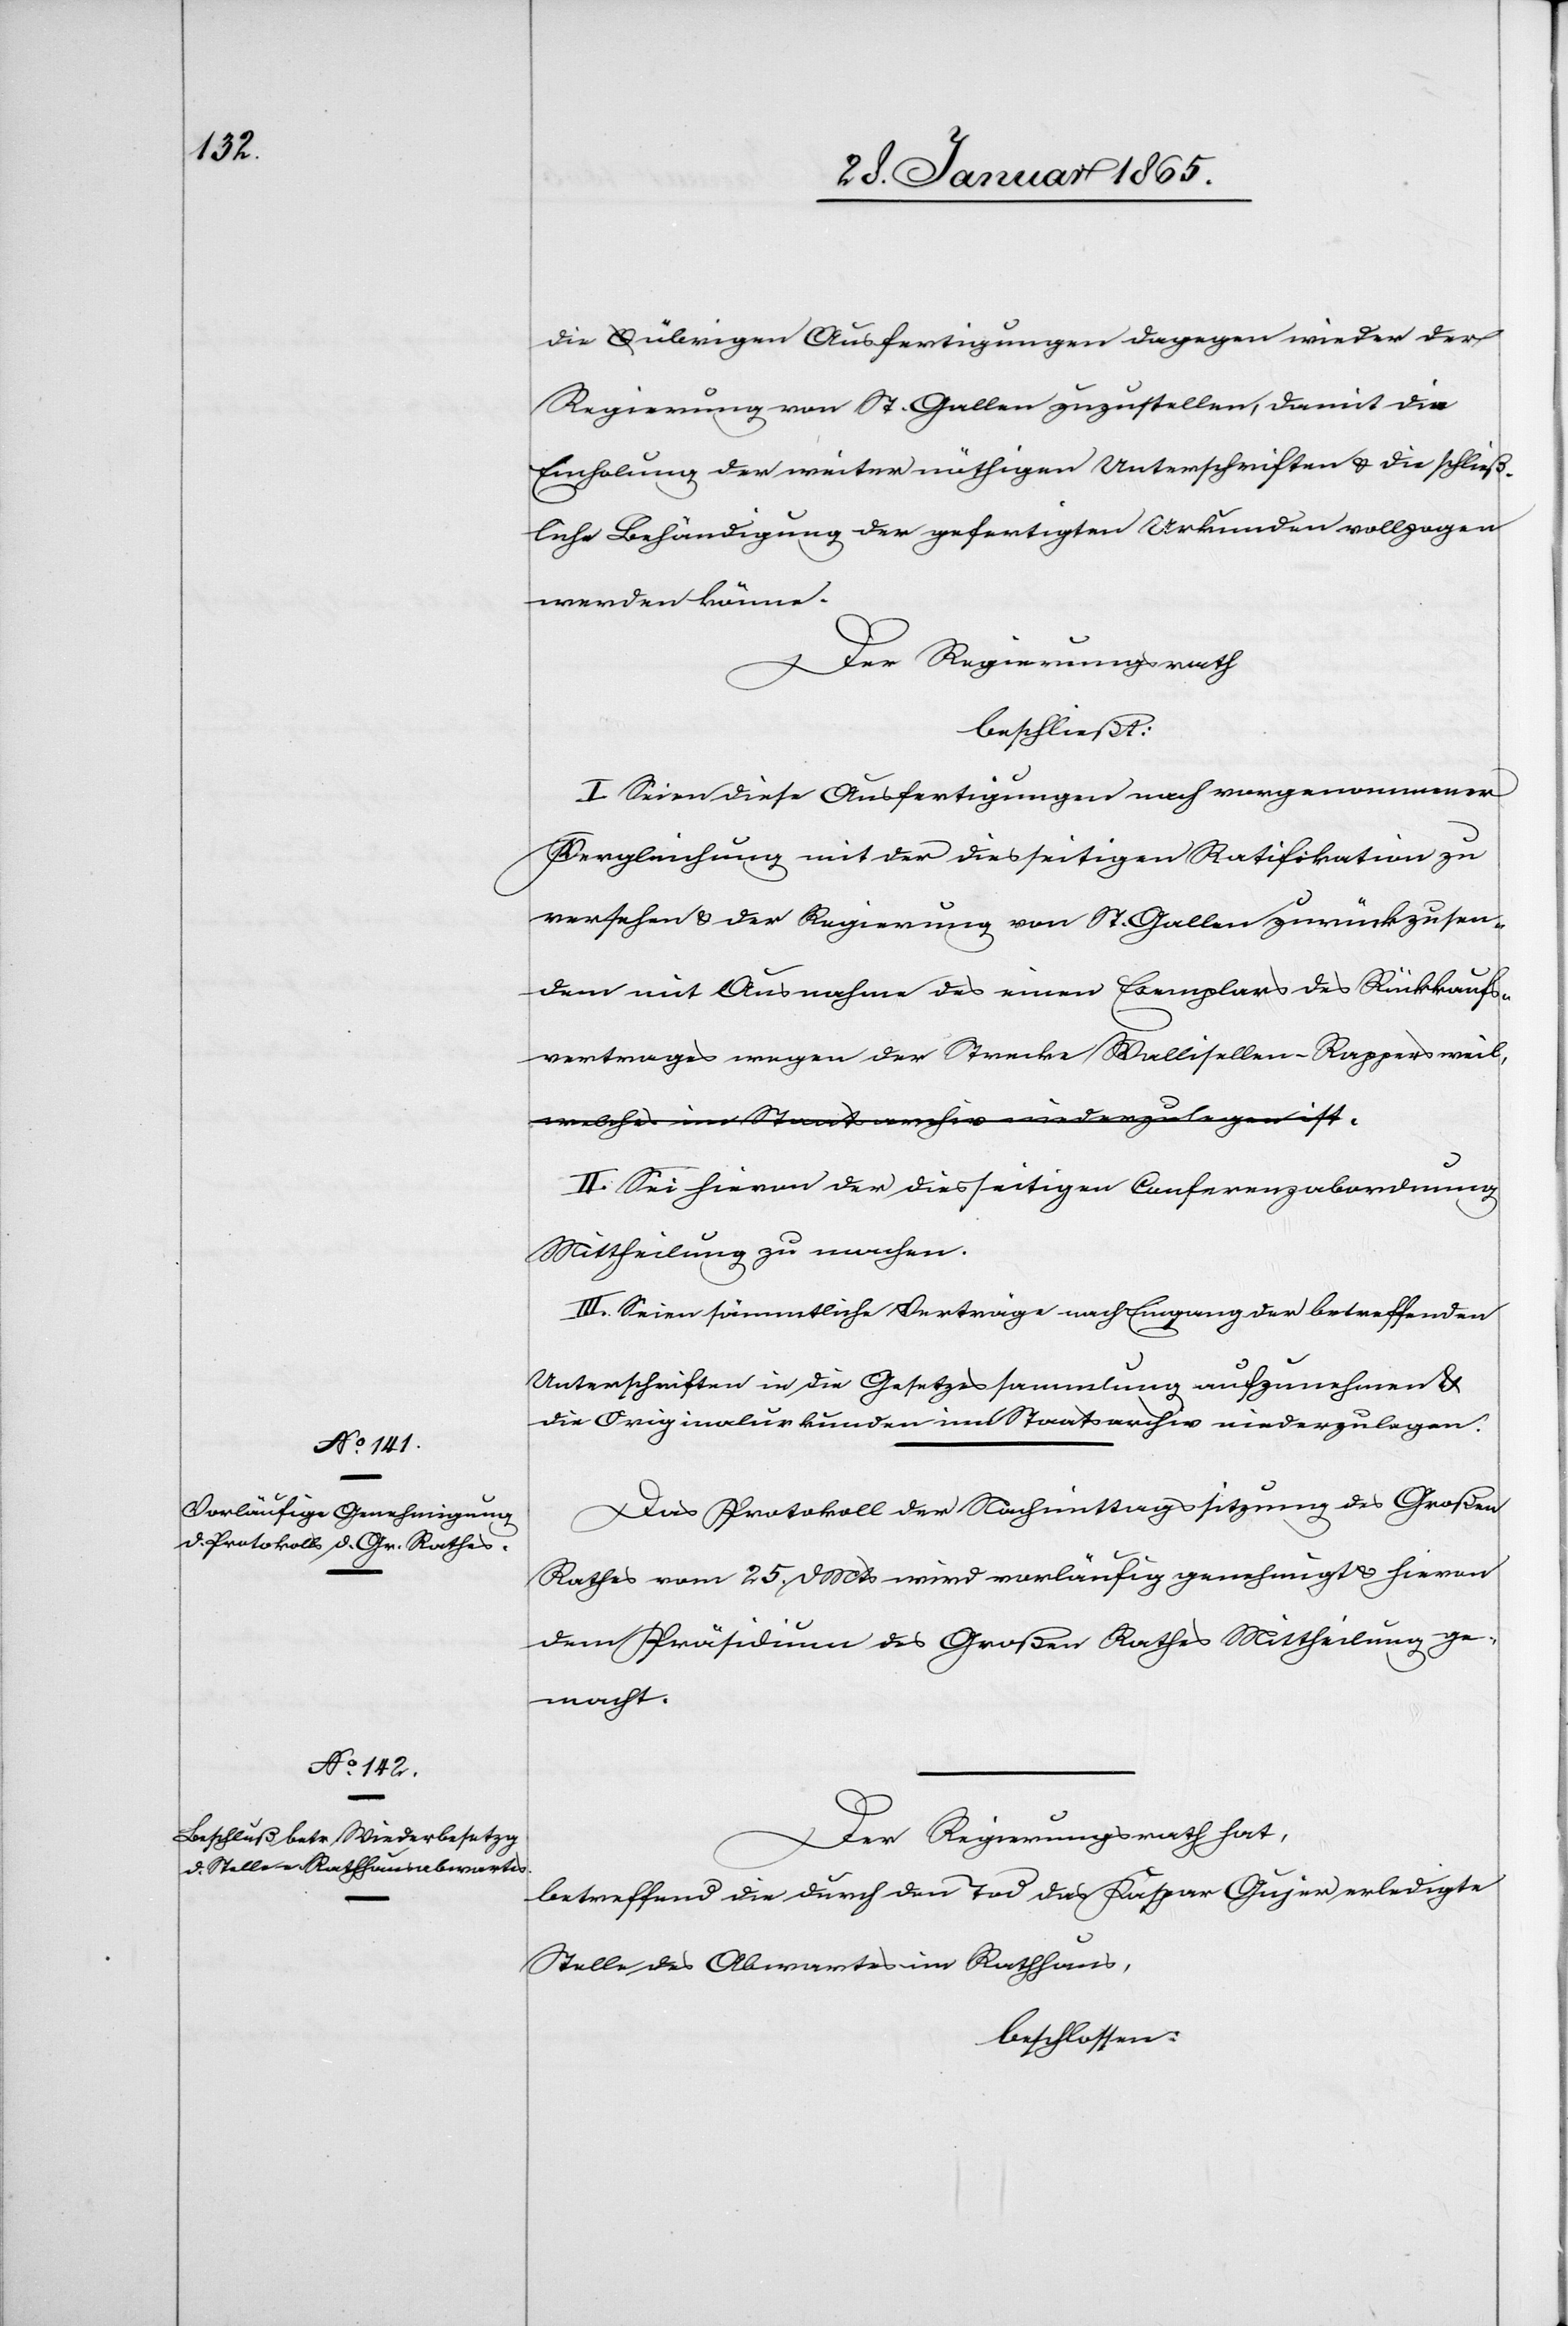
die übrigen Ausfertigungen dagegen wieder der
Regierung von St. Gallen zuzustellen, damit die
Einholung der weiter nöthigen Unterschriften u. die schließ¬
liche BEhändigung der gefertigten Urkunden vollzogen
werden könne.
Der Regierungsrath
beschließt:
I. Seien diese Ausfertigungen nach vorgenommener
Vergleichung mit der diesseitigen Ratifikation zu
versehen u. der Regierung von St. Gallen zurückzusendem
[sic!] mit Ausnahme des einen Exemplars des Rückkaufs¬
vertrages wegen der Strecke Wallisellen-Rappersweil.
II. Sei hievon der diesseitigen Conferenzabordnung
Mittheilung zu machen.
III. Seien sämmtliche Verträge nach Eingang der betreffenden
Unterschriften in die Gesetzessammlung aufzunehmen &
die Originalurkunden im Staatsarchiv niederzulegen.
Das Protokoll der Nachmittagssitzung des Großen
Rathes vom 25. d Mts wird vorläufig genehmigt u. hievon
dem Präsidium des Großen Rathes Mittheilung ge¬
macht.
Der Regierungsrath hat,
betreffend die durch den Tod das [recte: des] Kaspar Gujer erledigte
Stelle des Abwartes im Rathhaus,
beschlossen: